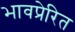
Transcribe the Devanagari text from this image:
भावप्रेरित